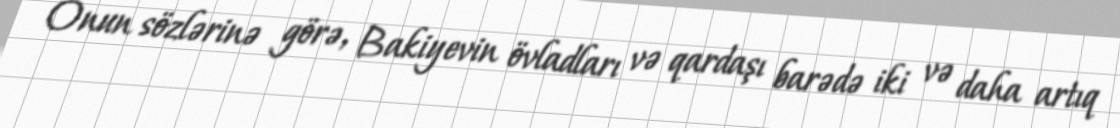
Onun sözlərinə görə, Bakiyevin övladları və qardaşı barədə iki və daha artıq